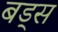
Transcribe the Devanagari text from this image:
बड्स